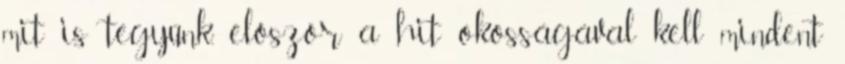
mit is tegyünk, először a hit okosságával kell mindent